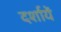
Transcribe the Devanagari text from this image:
दर्शायें